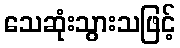
သေဆုံးသွားသဖြင့်